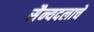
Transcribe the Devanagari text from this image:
सैन्यदलाचे